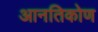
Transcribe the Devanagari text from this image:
आनतिकोण